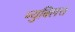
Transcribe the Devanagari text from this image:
प्युबिलस